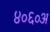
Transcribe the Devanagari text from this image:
४०६०अ